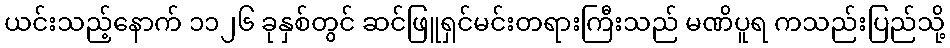
ယင်းသည့်နောက် ၁၁၂၆ ခုနှစ်တွင် ဆင်ဖြူရှင်မင်းတရားကြီးသည် မဏိပူရ ကသည်းပြည်သို့